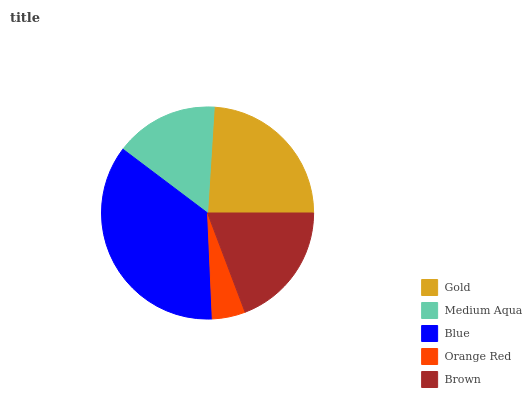
| Gold | Medium Aqua | Blue | Orange Red | Brown |
 | --- | --- | --- | --- | --- |
 | 24% | 15.7% | 36% | 5.04% | 19.3% |